Sketch of the medical history of the native army of Bombay, for the year
Year: 1876
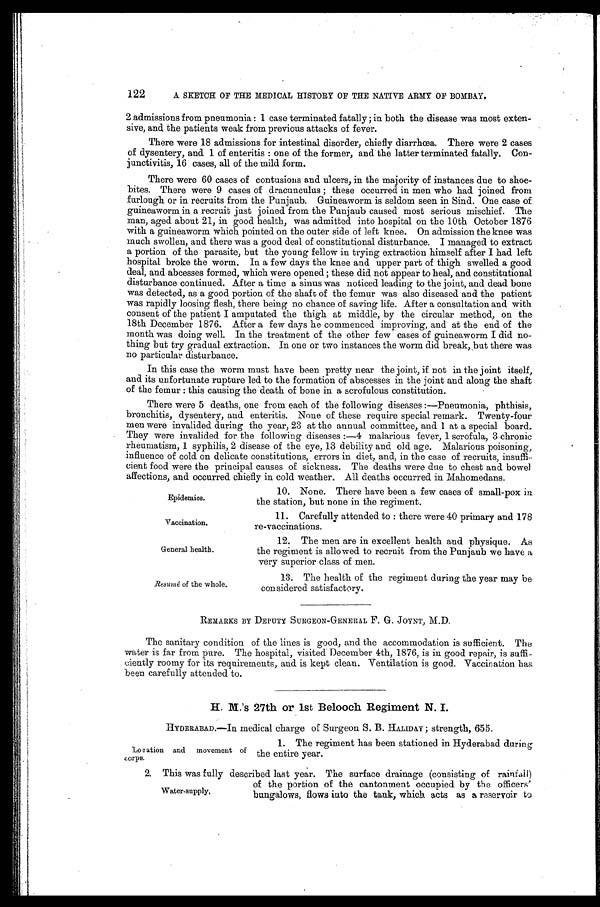
122
A SKETCH OF THE MEDICAL HISTORY OF THE NATIVE ARMY OF BOMBAY,
2 admissions from pneumonia : 1 case terminated fatally ; in both the disease was most exten-
sive, and the patients weak from previous attacks of fever.
There were 18 admissions for intestinal disorder, chiefly diarrhœa. There were 2 cases
of dysentery, and 1 of enteritis : one of the former, and the latter terminated fatally. Con-
junctivitis, 16 cases, all of the mild form.
There were 60 cases of contusions and ulcers, in the majority of instances due to shoe-
bites. There were 9 cases of dracunculus ; these occurred in men who had joined from
furlough or in recruits from the Punjaub. Guineaworm is seldom seen in Sind. One case of
guineaworm in a recruit just joined from the Punjaub caused most serious mischief. The
man, aged about 21, in good health, was admitted into hospital on the 10th October 1876
with a guineaworm which pointed on the outer side of left knee. On admission the knee was
much swollen, and there was a good deal of constitutional disturbance. I managed to extract
a portion of the parasite, but the young fellow in trying extraction himself after I had left
hospital broke the worm. In a few days the knee and upper part of thigh swelled a good
deal, and abcesses formed, which were opened ; these did not appear to heal, and constitutional
disturbance continued. After a time a sinus was noticed leading to the joint, and dead bone
was detected, as a good portion of the shaft of the femur was also diseased and the patient
was rapidly loosing flesh, there being no chance of saving life. After a consultation and with
consent of the patient I amputated the thigh at middle, by the circular method, on the
18th December 1876. After a few days he commenced improving, and at the end of the
month was doing well. In the treatment of the other few cases of guineaworm I did no-
thing but try gradual extraction. In one or two instances the worm did break, but there was
no particular disturbance.
In this case the worm must have been pretty near the joint, if not in the joint itself,
and its unfortunate rupture led to the formation of abscesses in the joint and along the shaft
of the femur : this causing the death of bone in a scrofulous constitution.
There were 5 deaths, one from each of the following diseases :—Pneumonia, phthisis,
bronchitis, dysentery, and enteritis. None of these require special remark. Twenty-four
men were invalided during the year, 23 at the annual committee, and 1 at a special board.
They were invalided for the following diseases :—4 malarious fever, 1 scrofula, 3 chronic
rheumatism, 1 syphilis, 2 disease of the eye, 13 debility and old age. Malarious poisoning,
influence of cold on delicate constitutions, errors in diet, and, in the case of recruits, insuffi-
cient food were the principal causes of sickness. The deaths were due to chest and bowel
affections, and occurred chiefly in cold weather. All deaths occurred in Mahomedans.
10. None. There have been a few cases of small-pox in
Epidemics.
the station, but none in the regiment.
11. Carefully attended to : there were 40 primary and 178
Vaccination.
re-vaccinations.
12. The men are in excellent health and physique. As
General health.
the regiment is allowed to recruit from the Punjaub we have a
very superior class of men.
13. The health of the regiment during the year may be
Resume of the whole.
considered satisfactory.
REMARKS BY DEPUTY SURGEON-GENERAL F. G. JOYNT, M.D.
The sanitary condition of the lines is good, and the accommodation is sufficient. The
water is far from pure. The hospital, visited December 4th, 1876, is in good repair, is suffi-
ciently roomy for its requirements, and. is kept clean. Ventilation is good. Vaccination has
been carefully attended to.
H. M.'s 27th or 1st Belooch Regiment N. I.
HYDERABAD.—In medical charge of Surgeon S. B. HALIDAY ; strength, 655.
1. The regiment has been stationed in Hyderabad during
Location and movement of the entire year.
corps.
2. This was fully described last year. The surface drainage (consisting of rainfall)
of the portion of the cantonment occupied by the officers'
Water-supply,
bungalows, flows into the tank, which acts as a reservoir to